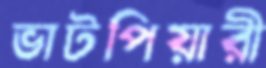
ভাটপিয়ারী